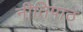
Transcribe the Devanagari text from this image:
नीतिपाठ